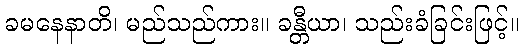
ခမနေနာတိ၊ မည်သည်ကား။ ခန္တီယာ၊ သည်းခံခြင်းဖြင့်။